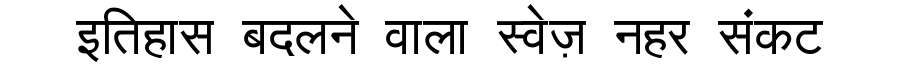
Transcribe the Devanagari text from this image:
इतिहास बदलने वाला स्वेज़ नहर संकट